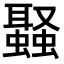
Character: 𮕉